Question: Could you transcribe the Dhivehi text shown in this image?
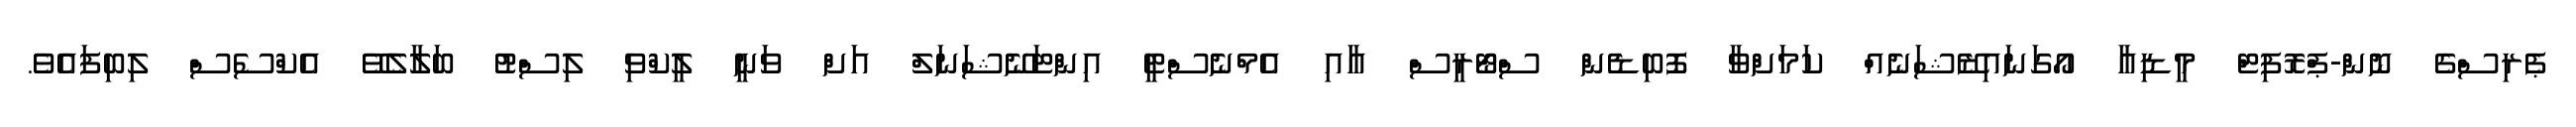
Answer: ޕެރިސްގެ ނޮން-ޕްރޮފިޓް މީޑިއާ އޯގަނައިޒޭޝަނެއް ކަމަށްވާ ފޮބިޑެން ސްޓޯރީސް އާއި އެމްނެސްޓީ އިންޓަނޭޝަނަލް އަށް ވަނީ ލީކްވި ލިސްޓު ބަލާލެވޭ އެކްސެސް ލިބިފައެވެ.